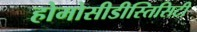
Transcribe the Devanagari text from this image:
होमोसीडीस्तिसिटी